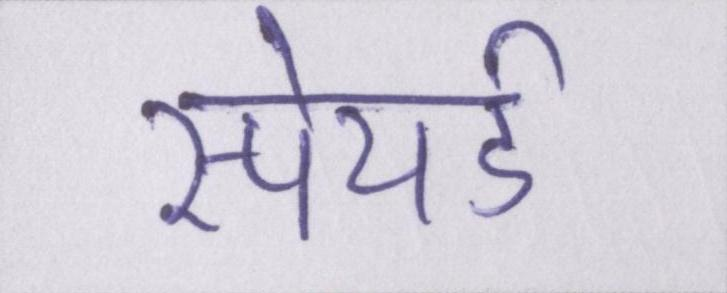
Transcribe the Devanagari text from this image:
स्पेयर्ड